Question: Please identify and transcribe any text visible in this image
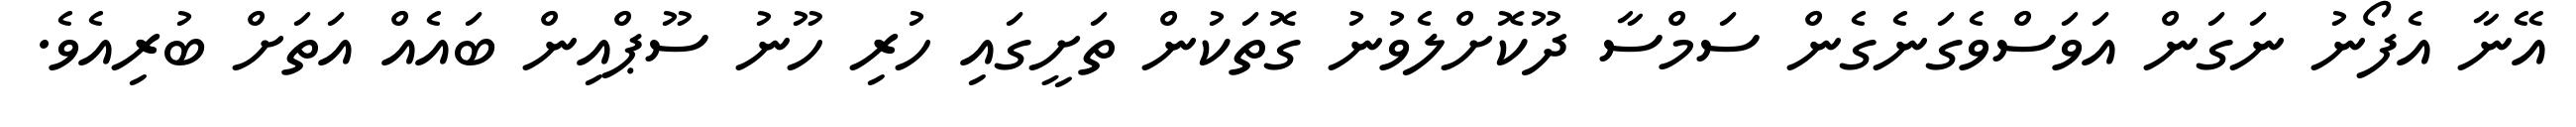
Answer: އޭނާ އެފޯނު ނަގަން އަވަސްވެގަނެގެން ސަމްސާ ދޫކޮށްލެވުނު ގޮތަކުން ތަށީގައި ހުރި ހޫނު ސޫޕްއިން ބައެއް އަތަށް ބުރިއެވެ.